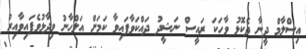
އިސްލާމް ދީނާ ދެކޮޅު ވާހަކަ ރައީސް ނަޝީދު ދައްކަވާފައިވާ ކަމަށް އަލްހާނު ވިދާޅުވެފައިވާއިރު